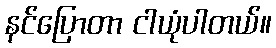
နင်ပြောတာ ငါယုံပါတယ်။